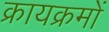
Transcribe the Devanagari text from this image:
क्रायक्रमों